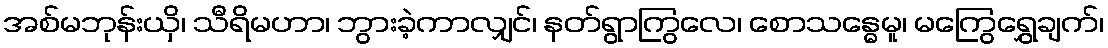
အစ်မဘုန်းယှိ၊ သီရိမဟာ၊ ဘွားခဲ့ကာလျှင်၊ နတ်ရွာကြွလေ၊ စောသန္ဓေမူ၊ မကြွေရွှေချက်၊